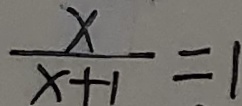
\frac { x } { x + 1 } = 1